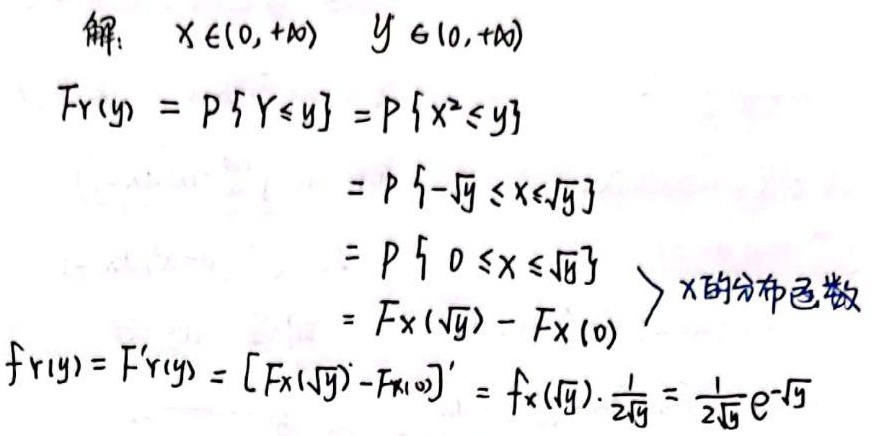
解：$X\in(0,+\infty)\quad Y\in(0,+\infty)$

$F_Y(y) = P\{Y\leq y\} = P\{X^{2}\leq y\}$
$= P\{-\sqrt{y}\leq X\leq\sqrt{y}\}$
$= P\{0\leq X\leq\sqrt{y}\}$
$= F_X(\sqrt{y}) - F_X(0)$  > $X$的分布函数

$f_Y(y)=F_Y^{\prime}(y)=[F_X(\sqrt{y})-F_X(0)]^{\prime}=f_X(\sqrt{y})\cdot\frac{1}{2\sqrt{y}}=\frac{1}{2\sqrt{y}}e^{-\sqrt{y}}$